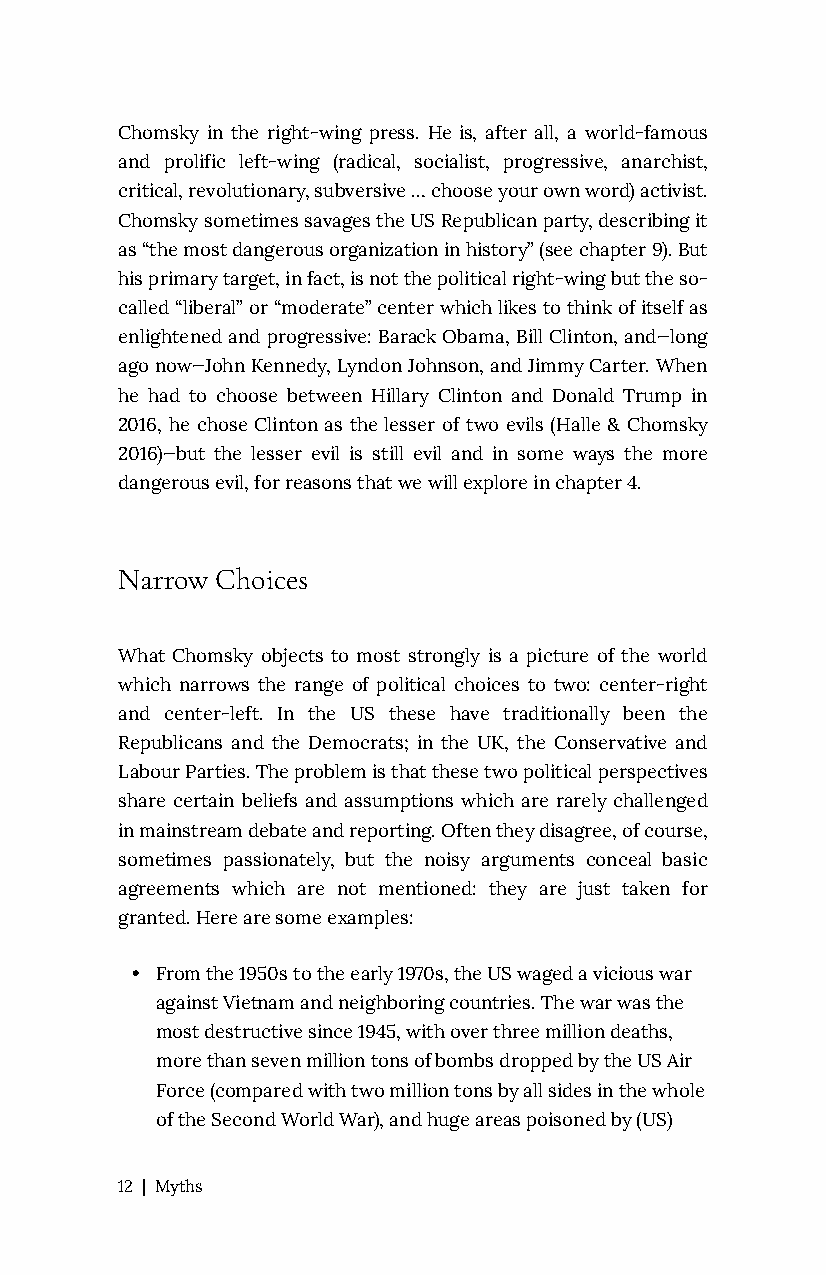
Chomsky in the right-wing press. He is, after all, a world-famous
 and prolific left-wing (radical, socialist, progressive, anarchist,
 critical, revolutionary, subversive … choose your own word) activist.
 Chomsky sometimes savages the US Republican party, describing it
 as “the most dangerous organization in history” (see chapter 9). But
 his primary target, in fact, is not the political right-wing but the so-
 called “liberal” or “moderate” center which likes to think of itself as
 enlightened and progressive: Barack Obama, Bill Clinton, and—long
 ago now—John Kennedy, Lyndon Johnson, and Jimmy Carter. When
 he had to choose between Hillary Clinton and Donald Trump in
 2016, he chose Clinton as the lesser of two evils (Halle & Chomsky
 2016)—but the lesser evil is still evil and in some ways the more
 dangerous evil, for reasons that we will explore in chapter 4.
 Narrow Choices
 What Chomsky objects to most strongly is a picture of the world
 which narrows the range of political choices to two: center-right
 and center-left. In the US these have traditionally been the
 Republicans and the Democrats; in the UK, the Conservative and
 Labour Parties. The problem is that these two political perspectives
 share certain beliefs and assumptions which are rarely challenged
 in mainstream debate and reporting. Often they disagree, of course,
 sometimes passionately, but the noisy arguments conceal basic
 agreements which are not mentioned: they are just taken for
 granted. Here are some examples:
 • From the 1950s to the early 1970s, the US waged a vicious war
 against Vietnam and neighboring countries. The war was the
 most destructive since 1945, with over three million deaths,
 more than seven million tons of bombs dropped by the US Air
 Force (compared with two million tons by all sides in the whole
 of the Second World War), and huge areas poisoned by (US)
 12 | Myths